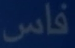
فاس